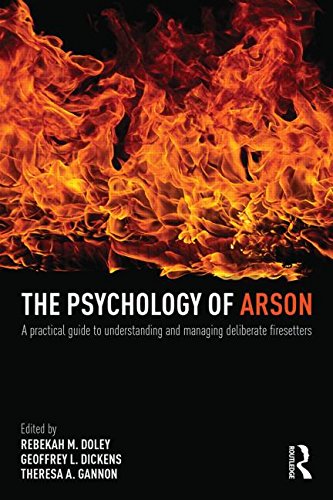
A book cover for The Psychology of Arson: A Practical Guide to Understanding and Managing Deliberate Firesetters; Medical Books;